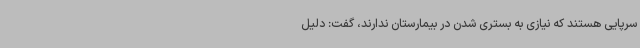
سرپایی هستند که نیازی به بستری شدن در بیمارستان ندارند، گفت: دلیل